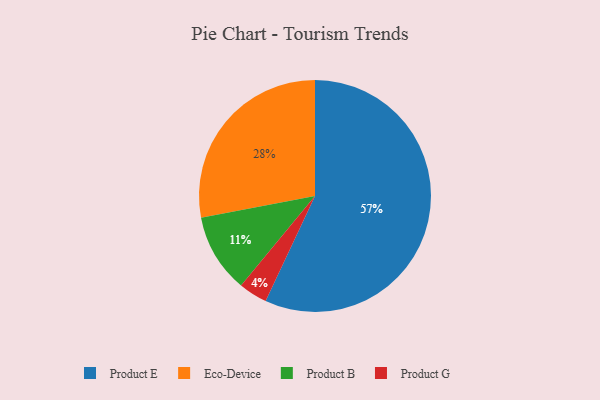
{"axis": {"x": "Category", "y": "Percentage"}, "legend": ["Eco-Device", "Product B", "Product E", "Product G"], "data": [{"x": "Product G", "y": 4, "type": "Product G"}, {"x": "Product B", "y": 11, "type": "Product B"}, {"x": "Product E", "y": 57, "type": "Product E"}, {"x": "Eco-Device", "y": 28, "type": "Eco-Device"}]}